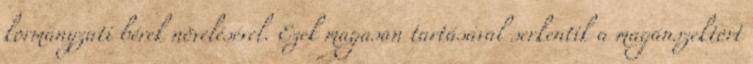
kormányzati bérek növelésével. Ezek magasan tartásával serkentik a magánszektort